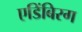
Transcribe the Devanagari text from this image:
एडिंबिरग